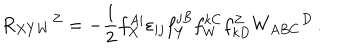
R _ { X Y W } { } ^ { Z } = - \frac 1 2 f _ { X } ^ { A i } \varepsilon _ { i j } f _ { Y } ^ { j B } f _ { W } ^ { k C } f _ { k D } ^ { Z } W _ { A B C } { } ^ { D } \, .